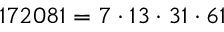
1 7 2 0 8 1 = 7 \cdot 1 3 \cdot 3 1 \cdot 6 1